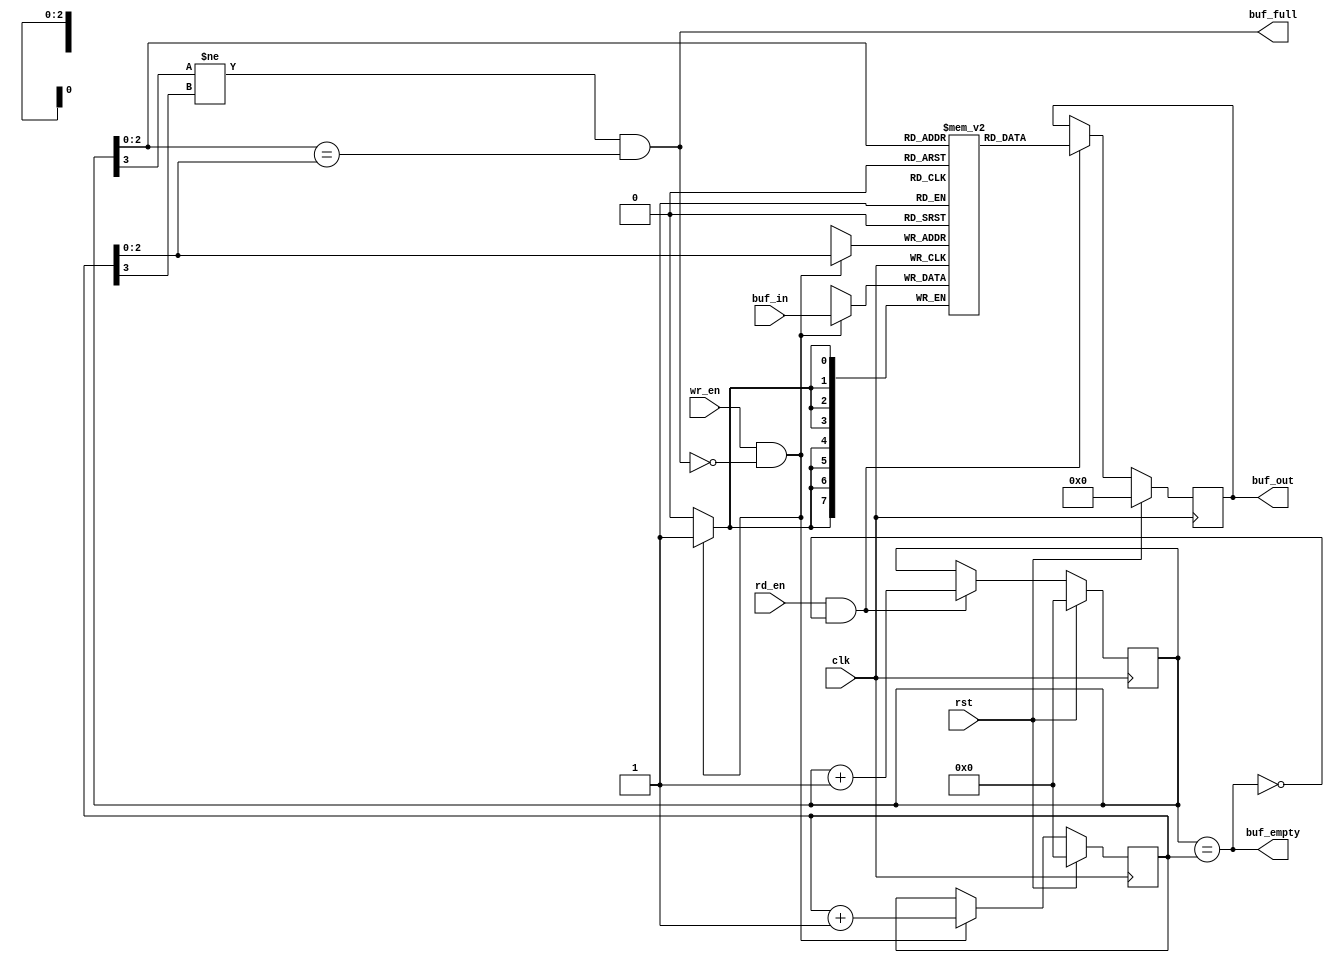

`timescale 1ns / 100ps

`define BUF_WIDTH 3                                                                                       // BUF_SIZE = 16 -> BUF_WIDTH = 4, no. of bits to be used in pointer
`define BUF_SIZE ( 1 << `BUF_WIDTH )

module syncbram_fifo ( clk, rst, buf_in, buf_out, wr_en, rd_en, buf_empty, buf_full );

// system clock, reset
input                     clk;
input                     rst;
// write enable, read enable
input                     wr_en;
input                     rd_en;
// buffer data in
input           [ 7 : 0 ] buf_in;
// buffer data out
output          [ 7 : 0 ] buf_out;
// full and empty flags
output                    buf_empty;                       // buffer empty flag
output                    buf_full;                        // buffer full flag

reg             [ 7 : 0 ] buf_out;                         // read data from buffer

reg    [ `BUF_WIDTH : 0 ] rd_ptr;                          // pointer to read address
reg    [ `BUF_WIDTH : 0 ] wr_ptr;                          // pointer to write address
reg             [ 7 : 0 ] buf_mem[ `BUF_SIZE - 1 : 0 ];    // buffer memory

// generation of full and empty signals
assign buf_full = (( rd_ptr[`BUF_WIDTH] != wr_ptr[`BUF_WIDTH]) && ( rd_ptr[`BUF_WIDTH-1 : 0] == wr_ptr[`BUF_WIDTH-1 : 0] ));
assign buf_empty = ( rd_ptr == wr_ptr );

always @( posedge clk )
begin
   if ( rst )
      buf_out <= 8'b0;                                     //On reset output of buffer is all 0.
   else if ( rd_en && !buf_empty )
      buf_out <= buf_mem[rd_ptr[`BUF_WIDTH-1 : 0]];        //Reading the 8 bit data from buffer location indicated by read pointer
end

always@( posedge clk )
begin
   if ( wr_en && !buf_full )
      buf_mem[wr_ptr[`BUF_WIDTH-1 : 0]] <= buf_in;         // wrting data to the buffer memory 
end

always@( posedge clk )
begin
   if ( rst )                                              // reset condition
      begin
         wr_ptr <= `BUF_WIDTH'd0;                          // Initializing write pointer
         rd_ptr <= `BUF_WIDTH'd0;                          // Initializing read pointer
      end
   else
   begin
      if ( !buf_full && wr_en )                            // check whether fifo is not full and write enable high condition
         wr_ptr <= wr_ptr + `BUF_WIDTH'd1;                 // increment write pointer

      if ( !buf_empty && rd_en )                           // check whether fifo is not full, and read enable high condition
         rd_ptr <= rd_ptr + `BUF_WIDTH'd1;                 // increment read pointer
   end
end
endmodule